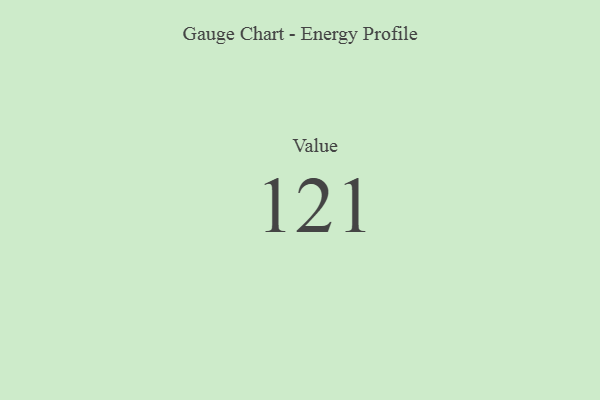
{"axis": {"x": "Metric", "y": "Value"}, "legend": [""], "data": [{"x": "Value", "y": 121, "type": ""}]}